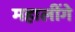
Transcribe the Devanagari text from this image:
महालींगे